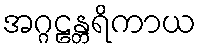
အဂ္ဂဠန္တရိကာယ